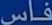
مُدْعَى